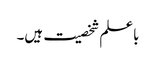
باعلم شخصیت ہیں۔